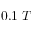
0 . 1 \; T